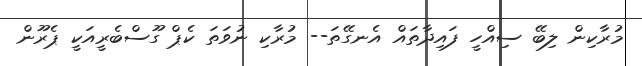
މުރާކިން ލިބޭ ސިއްހީ ފައިދާތައް އެނގޭތަ-- މުރާކި ނުވަތަ ކެޕް ގޫސްބެރީއަކީ ޕެރޫން